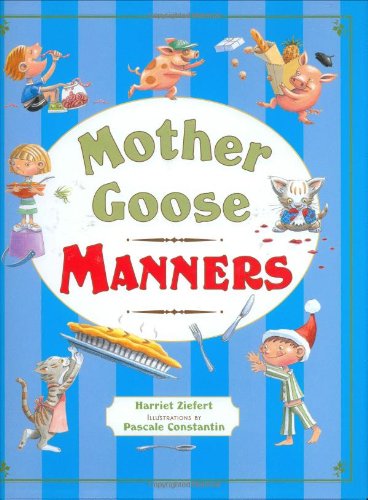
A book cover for Mother Goose Manners; Harriet Ziefert; Children's Books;